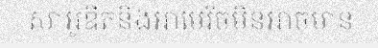
សាអូឌីតនិងអាមេរិចមិនអាចមាន